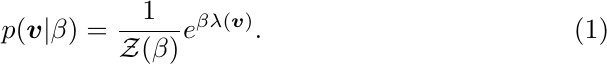
\begin{equation}
p(\boldsymbol{v}|\beta)=\frac{1}{\mathcal{Z}(\beta)}e^{\beta \lambda(\boldsymbol{v})}.
\end{equation}